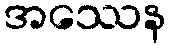
အဿေန